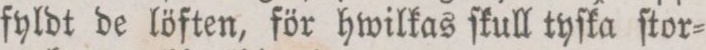
fyldt de löften, för hwilkas ſkull tyſka ſtor=